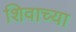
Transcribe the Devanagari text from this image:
शिवाच्या